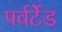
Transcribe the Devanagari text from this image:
पर्वर्टेड